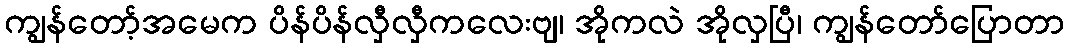
ကျွန်တော့်အမေက ပိန်ပိန်လှီလှီကလေးဗျ၊ အိုကလဲ အိုလှပြီ၊ ကျွန်တော်ပြောတာ